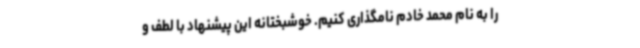
را به نام محمد خادم نامگذاری کنیم. خوشبختانه این پیشنهاد با لطف و